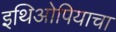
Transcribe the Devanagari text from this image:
इथिओपियाचा